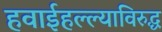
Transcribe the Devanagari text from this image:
हवाईहल्ल्याविरुद्ध